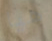
هيا